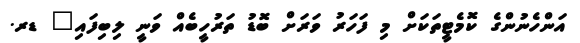
އަންހެނުންގެ ކޮމެޓީތަކަށް މި ފަހަރު ވަރަށް ބޮޑު ތަރުހީބެއް ވަނީ ލިބިފައި" ޑރ.